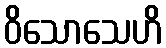
ဝိသောသေဟိ